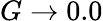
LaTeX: G\rightarrow 0.0